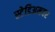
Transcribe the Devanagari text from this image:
स्टेडिअमवर